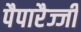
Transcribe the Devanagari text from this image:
पैपारैज्जी